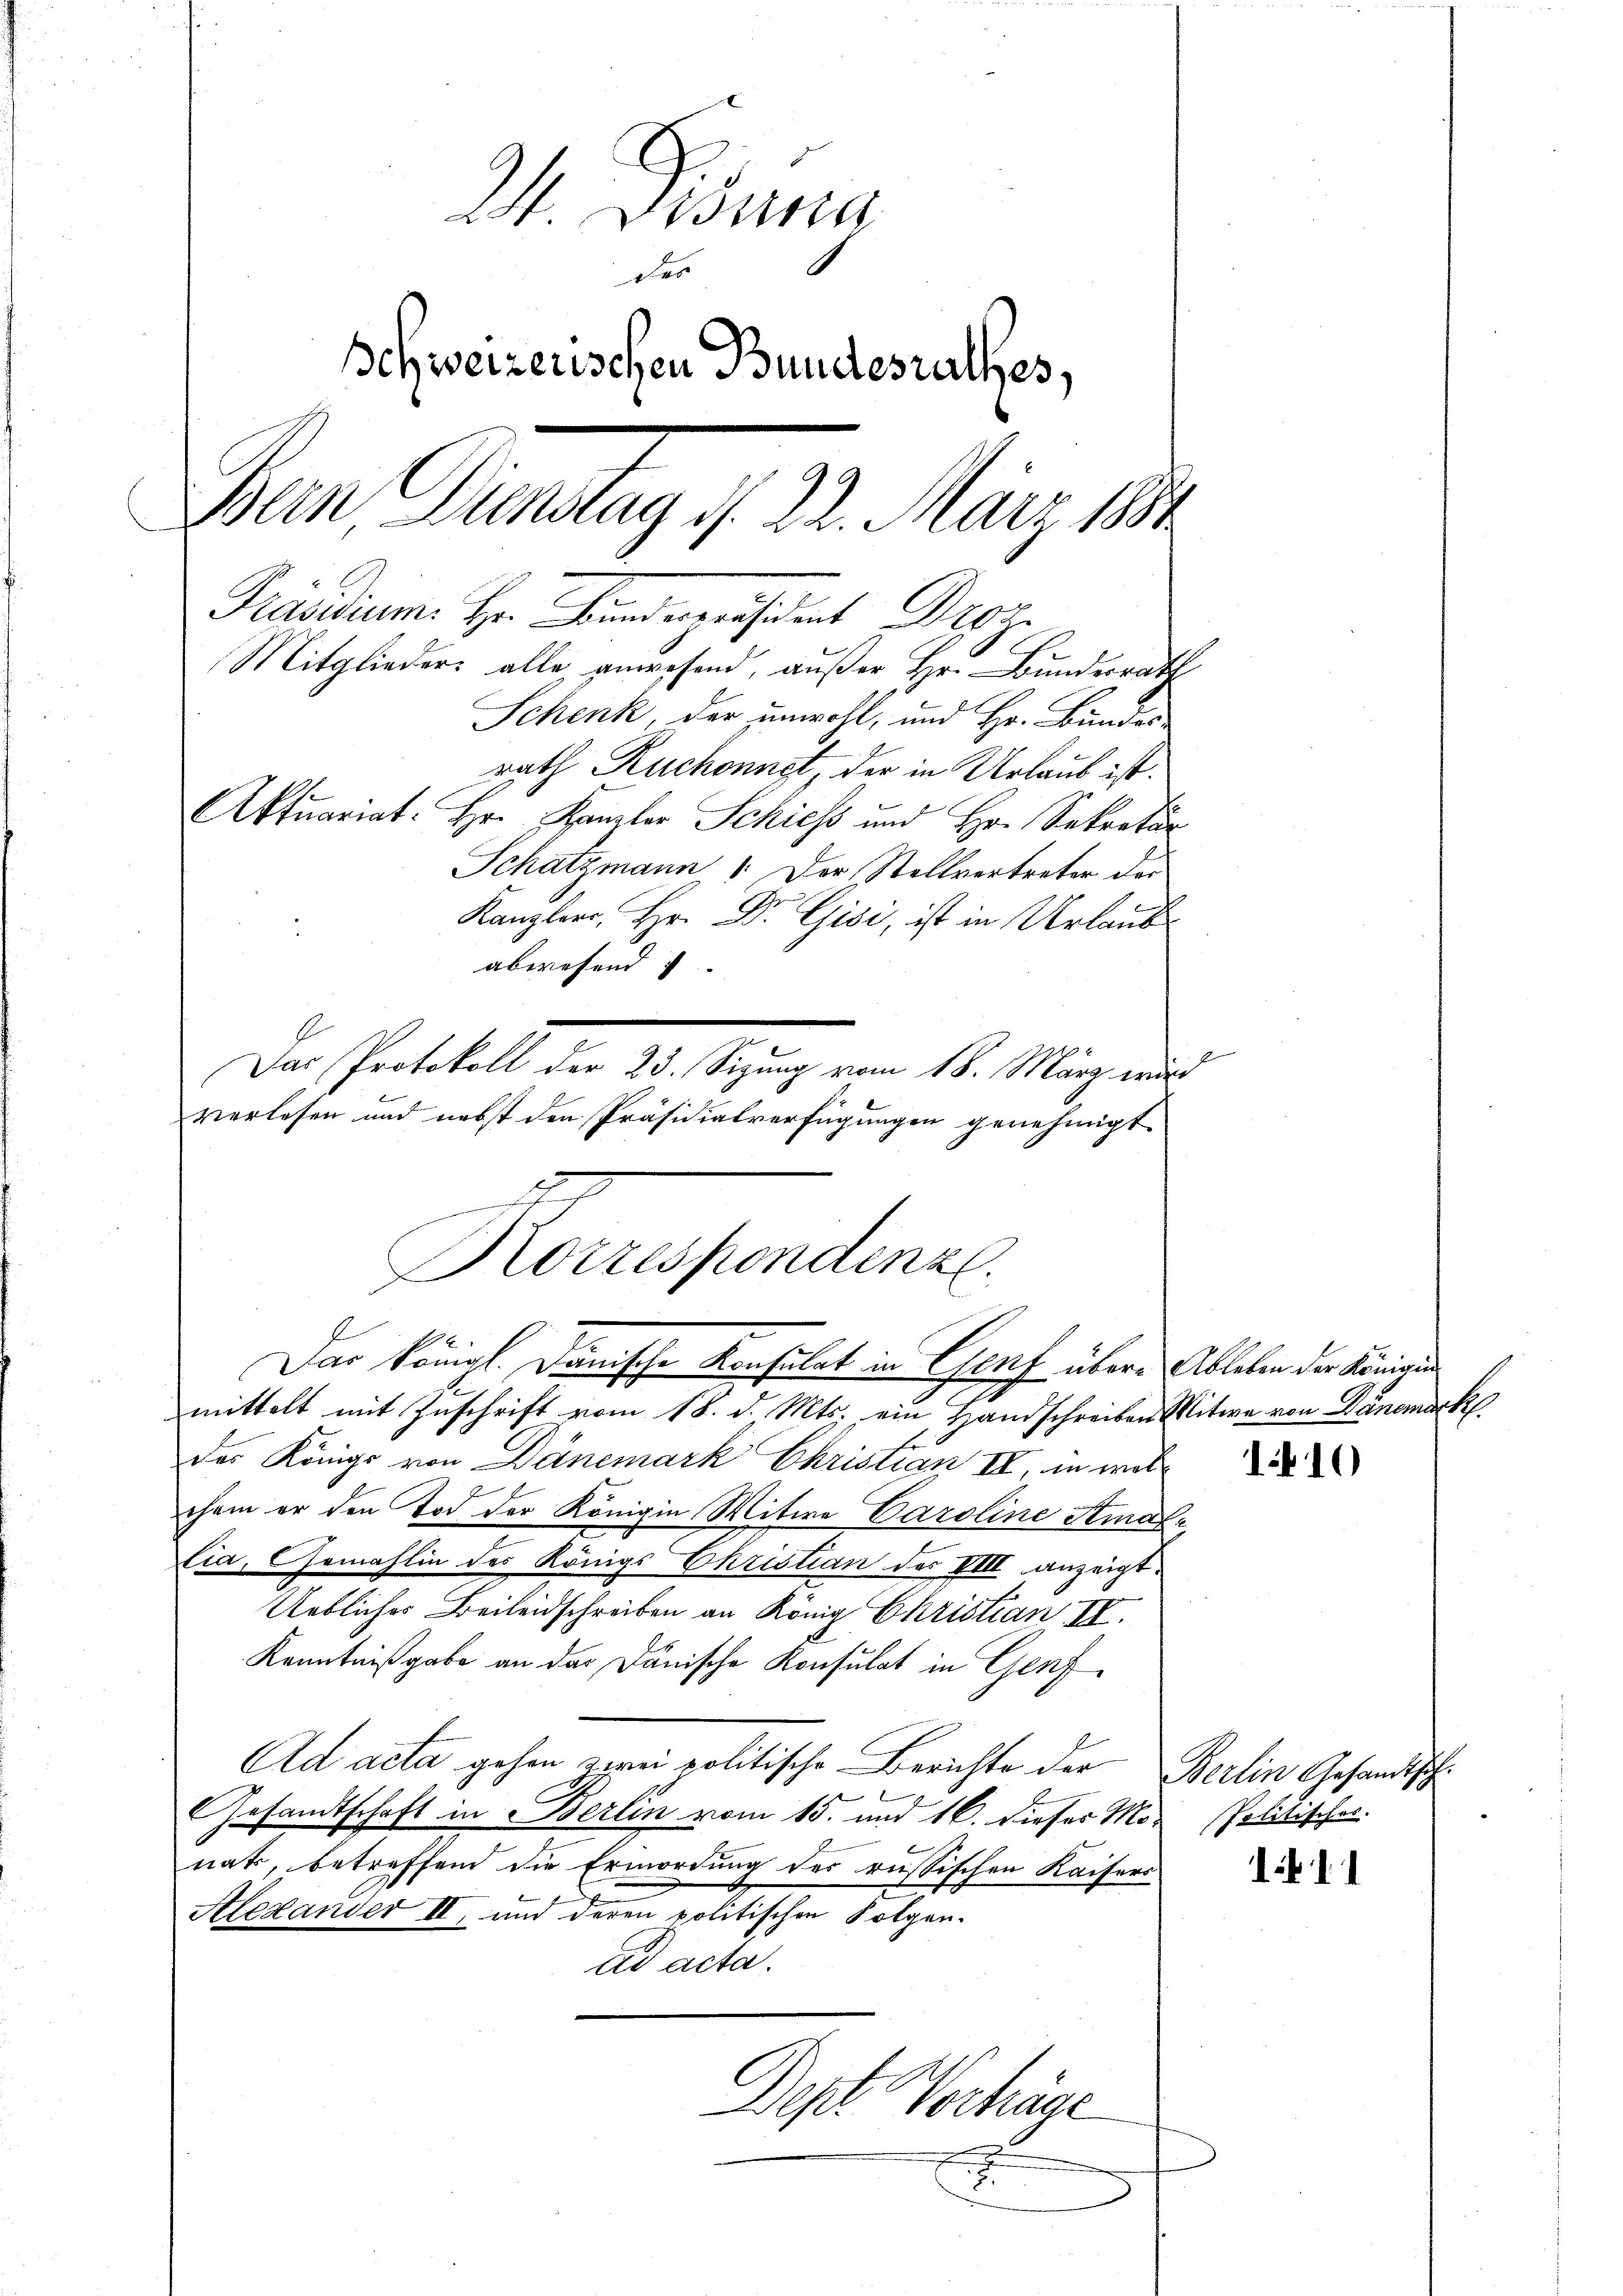
2. Desinn
des
Schweizerischen Bundesrathes,
Dan Gunstag 1. 22. März 1891
Präsidium. Hr. Bandespräsident Droy
Mitglieders alle anwesend, außer Hr. Bundesrath
Schenk, der unwohl, und Hr. Bundes-
rath Ruchonnet, der in Urlaub ist.
Aktuariat. Hr. Kanzler Schiess und Hr. Sekretär
Schatzmann 1. Der Stellvertreter der
Kanzlerr, Hr. Dr. Gisi, ist in Urlaub
abwesend:
Der Protokoll der 20. Segnung vom 10. Mägers
verlesen und nebst den Präsidialverfügungen genehmigt.

mittelt mit Zuschrift vom 18. d. Mts. ein Handschreiben Mitwe von Dänemark
der Königl von Dänemark Christian II, in welchem er den Tod der Königin Witwe Caroline Strafe
Cia, Gemahlin des Königs Christian der VIII anzeigt.
Uebliches Beileidschreiben an König Ekristian, II.
Kenntnißgabe an das Dänische Konsulat in Genf
Ad acta gehen zwei politische Berichte der Berlin Gesandtsch¬
Gesandtschaft in Berlin vom 15. und 16. dieses Monat, betreffend die Ermordung des russischen Kaisers
Alexander II, und deren politischen Folgen-
ad acta.
Dept Verhäge
.
2

.
Korrespondenz.
Das Königl. Danische Konsulat in Genf übere Ableben der Kommann

6

1410

Politisches.

11